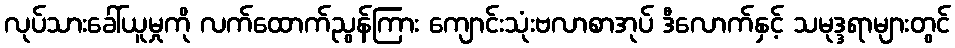
လုပ်သားခေါ်ယူမှုကို လက်ထောက်ညွန်ကြား ကျောင်းသုံးဗလာစာအုပ် ဒီလောက်နှင့် သမုဒ္ဒရာများတွင်